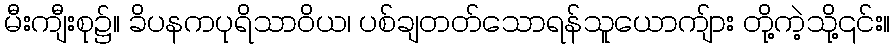
မီးကျီးစု၌။ ခိပနကပုရိသာဝိယ၊ ပစ်ချတတ်သောရန်သူယောကျ်ား တို့ကဲ့သို့၎င်း။